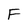
Character: F